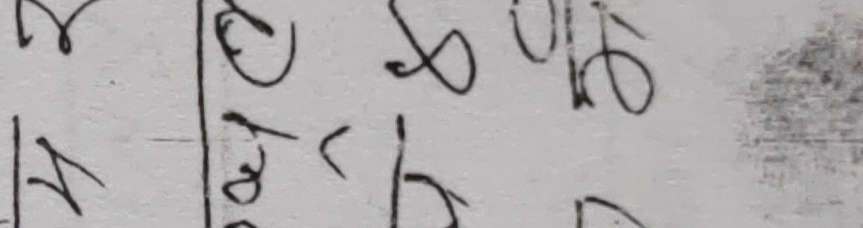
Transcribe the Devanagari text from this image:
प्रोट्रगट